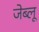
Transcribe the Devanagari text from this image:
जेब्‍लू